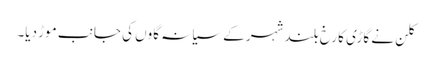
کلن نے گاڑی کا رخ بلند شہر کے سیانہ گاوں کی جانب موڑ دیا۔